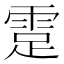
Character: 𩃈